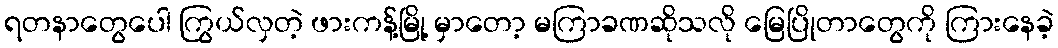
ရတနာတွေပေါ ကြွယ်လှတဲ့ ဖားကန့်မြို့ မှာတော့ မကြာခဏဆိုသလို မြေပြိုတာတွေကို ကြားနေခဲ့